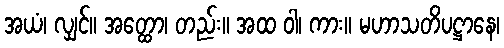
အယံ၊ လျှင်။ အတ္ထော၊ တည်း။ အထ ဝါ၊ ကား။ မဟာသတိပဋ္ဌာနေ၊